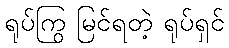
ရုပ်ကြွ မြင်ရတဲ့ ရုပ်ရှင်